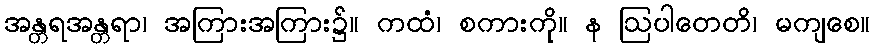
အန္တရအန္တရာ၊ အကြားအကြား၌။ ကထံ၊ စကားကို။ န ဩပါတေတိ၊ မကျစေ။